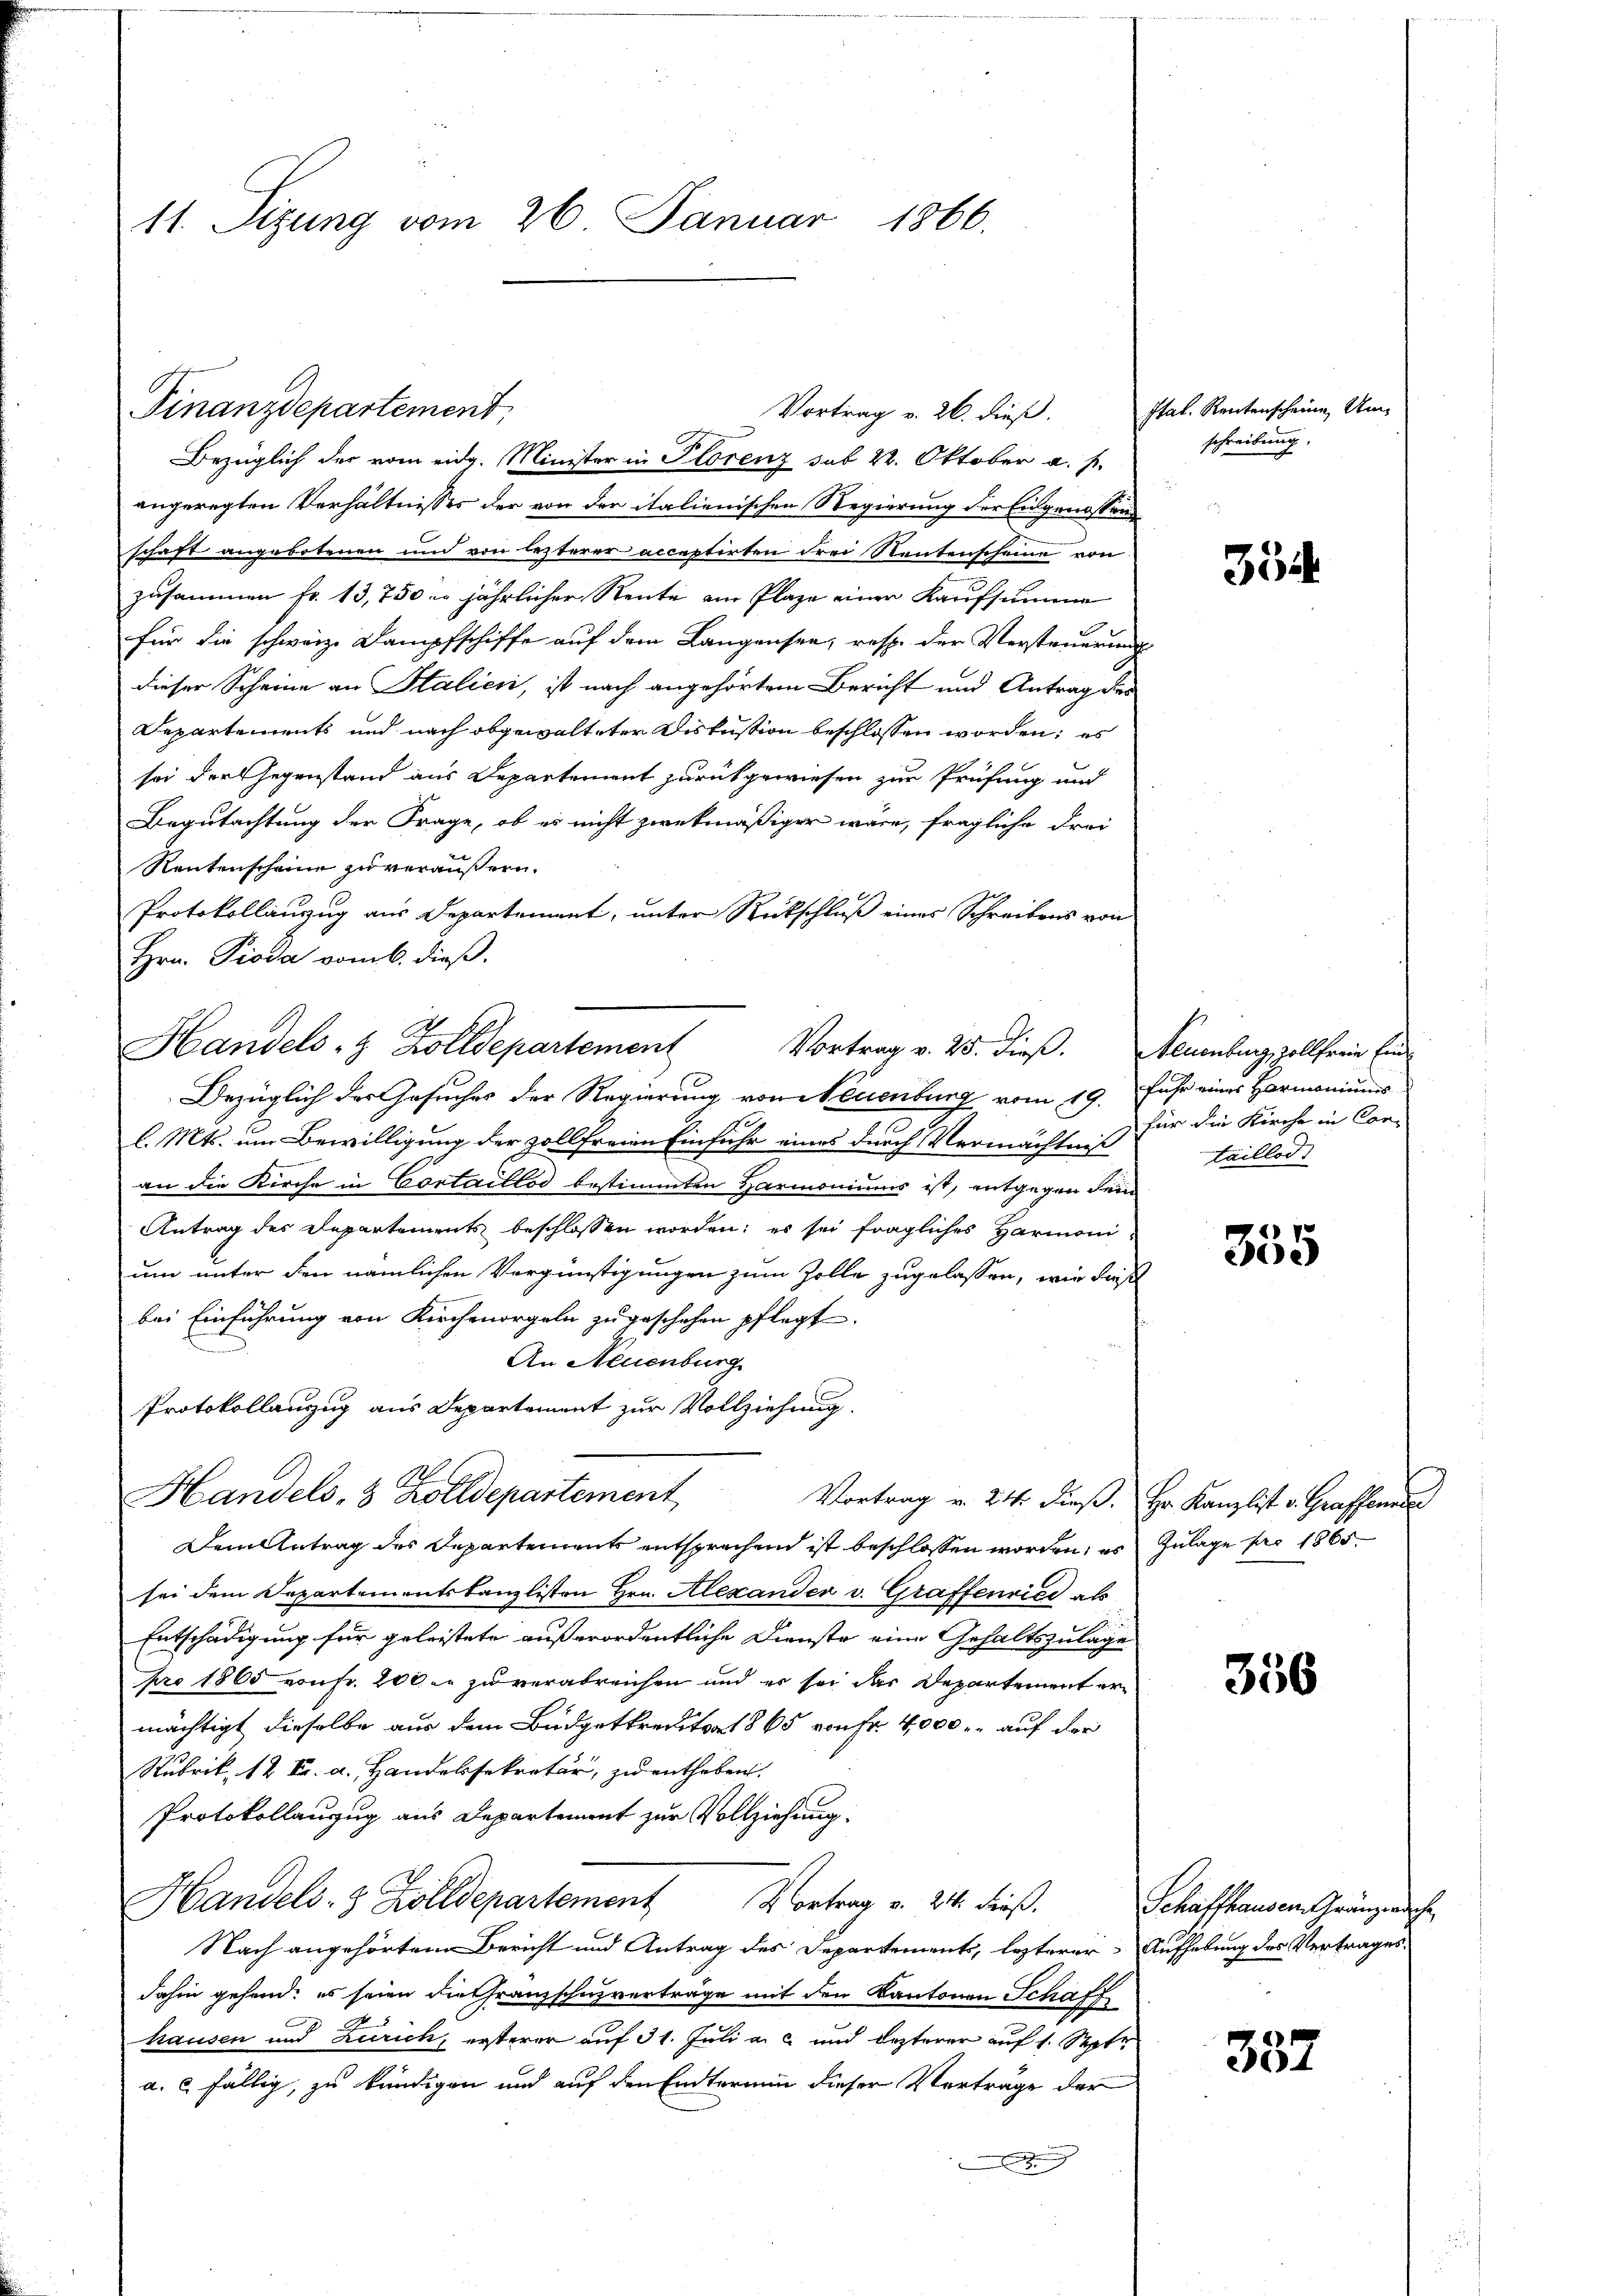
11. Sizung vom 26. Januar 1866.

Finanzdepartement,
Bezüglich der vom eidg. Minister in Florenz sub 22. Oktober a. f.
angeregten Verhältnisses der von der italienischen Regierung der Eidgenossen
schaft angebotenen und von lezterer acceptirten drei Neutenscheine von
zusammen fr. 13,750 - jährlicher Rente am Plaze einer Kaufsumme
für die schweiz. Dampfschiffe auf dem Langensee, resp. der Versteuerung
dieser Scheine an Stalien, ist nach angehörtem Bericht und Antrag der
Departements und nach abgewalteter Diskussion beschlossen worden; es
sei der Gegenstand aus Departement zurückgewiesen zur Prüfung und
Begutachtung der Frage, ob es nicht zwekmäßiger wäre, fragliche Frei
Rentenscheine zu veräußern.
Protokollanzug aus Departement, unter Rückschluß eines Schreibens von
Hrn. Pioda vom 6. dieß.
Handels- & Zolldepartement
Bezüglich des Gesuches der Regierung von Neuenburg vom 19. Fuhr eines Harmoniums
l. Mts. um Bewilligung der zollfreien Einfuhr eines durch Vermächtniß
an die Kirche in Cortaillos bestimmten Harmoniums ist, entgegen dem
Antrag des Departements beschlossen worden; es sei fragliches Harmoni-
um unter den nämlichen Vergünstigungen zum Zolle zugelassen, wie dieß
bei Einführung von Kirchenorgeln zu geschehen pflegt.
An Neuenburg
Protokollanzug aus Departement zur Vollziehung
Handels- & Zolldepartement
Vortrag v. 24. dieß. Hr. Kanzlist v. Graffenen
Dem Antrag des Departements entsprechend ist beschlossen worden, es Zulage pr 1865.
sei dem Departementskanzlisten Hrn. Alexander v. Graffenried als
Entschädigung für geleistete außerordentliche Dienste eine Gehaltszulage
pro 1865 von Fr. 200 l. zu verabreichen und er sei das Departement ermächtigt dieselbe aus dem Büdgetkrediter 1865 von Fr. 4,000 r. auf der
Rubrik, 12 Fr. a., Handelssekretär, zu entheben.
Protokollauzug aus Departement zur Vollziehung.
Handels- 3 Zolldepartement Kontrag v. 24. dieß.
Nach angehörtem Bericht und Antrag des Departements, lezterer Aufhebung des Vertrages
dahin gehend; es seien die Franzschuzverträge mit den Kantonen Schaff
hausen und Zürich, ersterer auf 31. Juli a. c. und lezterer auf 1. Septe
a. c. fällig, zu kündigen und auf den Endterium dieser Vortrage der
e

Vortrag v. 26. dieß.

Ital. Rentenscheine Umschreibung.

354

1
Vortrag v. 25. dieß. Neuenburg zollfreie Einfür die Kirche in Con-
Laillod

355

356

Schaffhausen Gränzerische

387